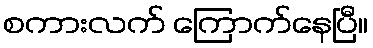
စကားလက် ကြောက်နေပြီ။